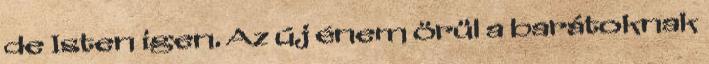
de Isten igen. Az új énem örül a barátoknak